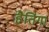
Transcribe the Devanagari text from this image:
हैतिंगा